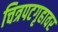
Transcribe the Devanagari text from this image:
चित्रपटगृहावर